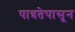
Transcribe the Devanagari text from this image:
पात्रतेपासून